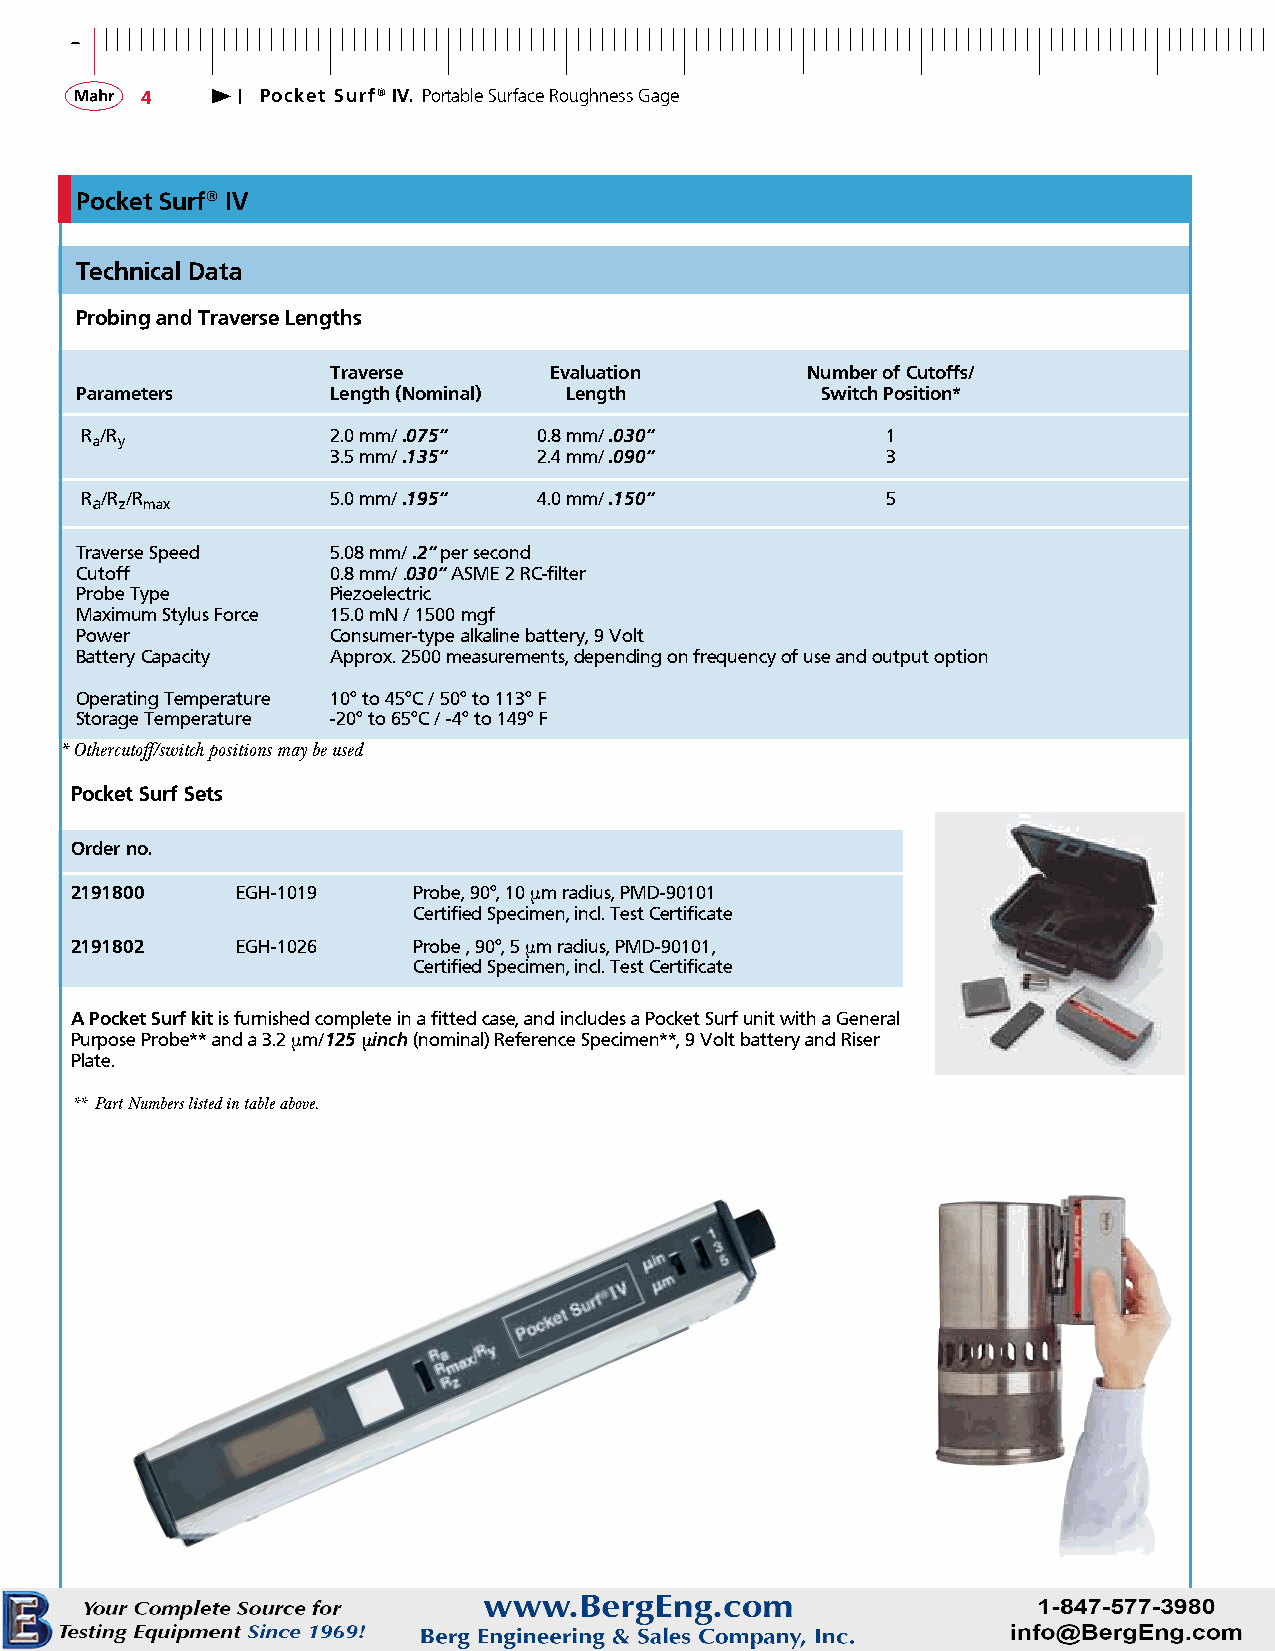
-
 4       Pocket Surf® IV. Portable Surface Roughness Gage
 Pocket Surf® IV
 Technical Data
 Probing and Traverse Lengths
 Traverse      Evaluation       Number of Cutoffs/
 Parameters       Length (Nominal) Length         Switch Position*
 R /R             2.0 mm/ .075“ 0.8 mm/ .030“          1
 a y
 3.5 mm/ .135“ 2.4 mm/ .090“          3
 Ra/R z/R
 max
 5.0 mm/ .195“ 4.0 mm/ .150“          5
 Traverse Speed   5.08 mm/ .2“ per second
 Cutoff           0.8 mm/ .030“ ASME 2 RC-filter
 Probe Type       Piezoelectric
 Maximum Stylus Force 15.0 mN / 1500 mgf
 Power            Consumer-type alkaline battery, 9 Volt
 Battery Capacity Approx. 2500 measurements, depending on frequency of use and output option
 Operating Temperature 10° to 45°C / 50° to 113° F
 Storage Temperature -20° to 65°C / -4° to 149° F
 *Othercutoff/switch positions may be used
 Pocket Surf Sets
 Order no.
 2191800    EGH-1019   Probe, 90°, 10 µm radius, PMD-90101
 Certified Specimen, incl. Test Certificate
 2191802    EGH-1026   Probe , 90°, 5 µm radius, PMD-90101,
 Certified Specimen, incl. Test Certificate
 A Pocket Surf kit is furnished complete in a fitted case, and includes a Pocket Surf unit with a General
 Purpose Probe** and a 3.2 µm/125 µinch (nominal) Reference Specimen**, 9 Volt battery and Riser
 Plate.
 ** Part Numbers listed in table above.